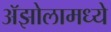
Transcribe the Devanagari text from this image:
ॲझोलामध्ये